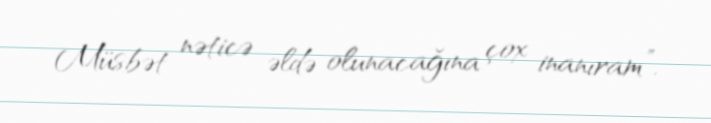
Müsbət nəticə əldə olunacağına çox inanıram”.